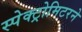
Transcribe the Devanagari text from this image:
स्पेक्ट्रोमिटरने